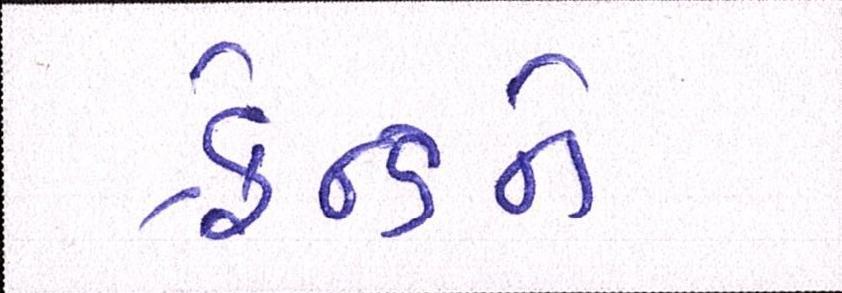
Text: ફ્રેન્ડને